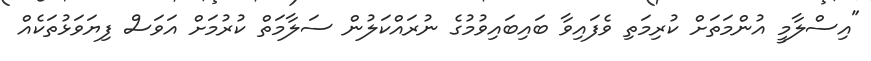
"އިސްލާމީ އުންމަތަށް ކުރިމަތި ވެފައިވާ ބައިބައިވުމުގެ ނުރައްކަލުން ސަލާމަތް ކުރުމަށް އަވަސް ފިޔަވަޅުތަކެއް